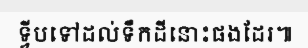
ទ្វីបទៅដល់ទឹកដីនោះផងដែរ៕